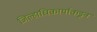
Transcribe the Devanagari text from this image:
जिल्हाधिकार्याकडून